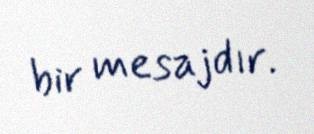
bir mesajdır.